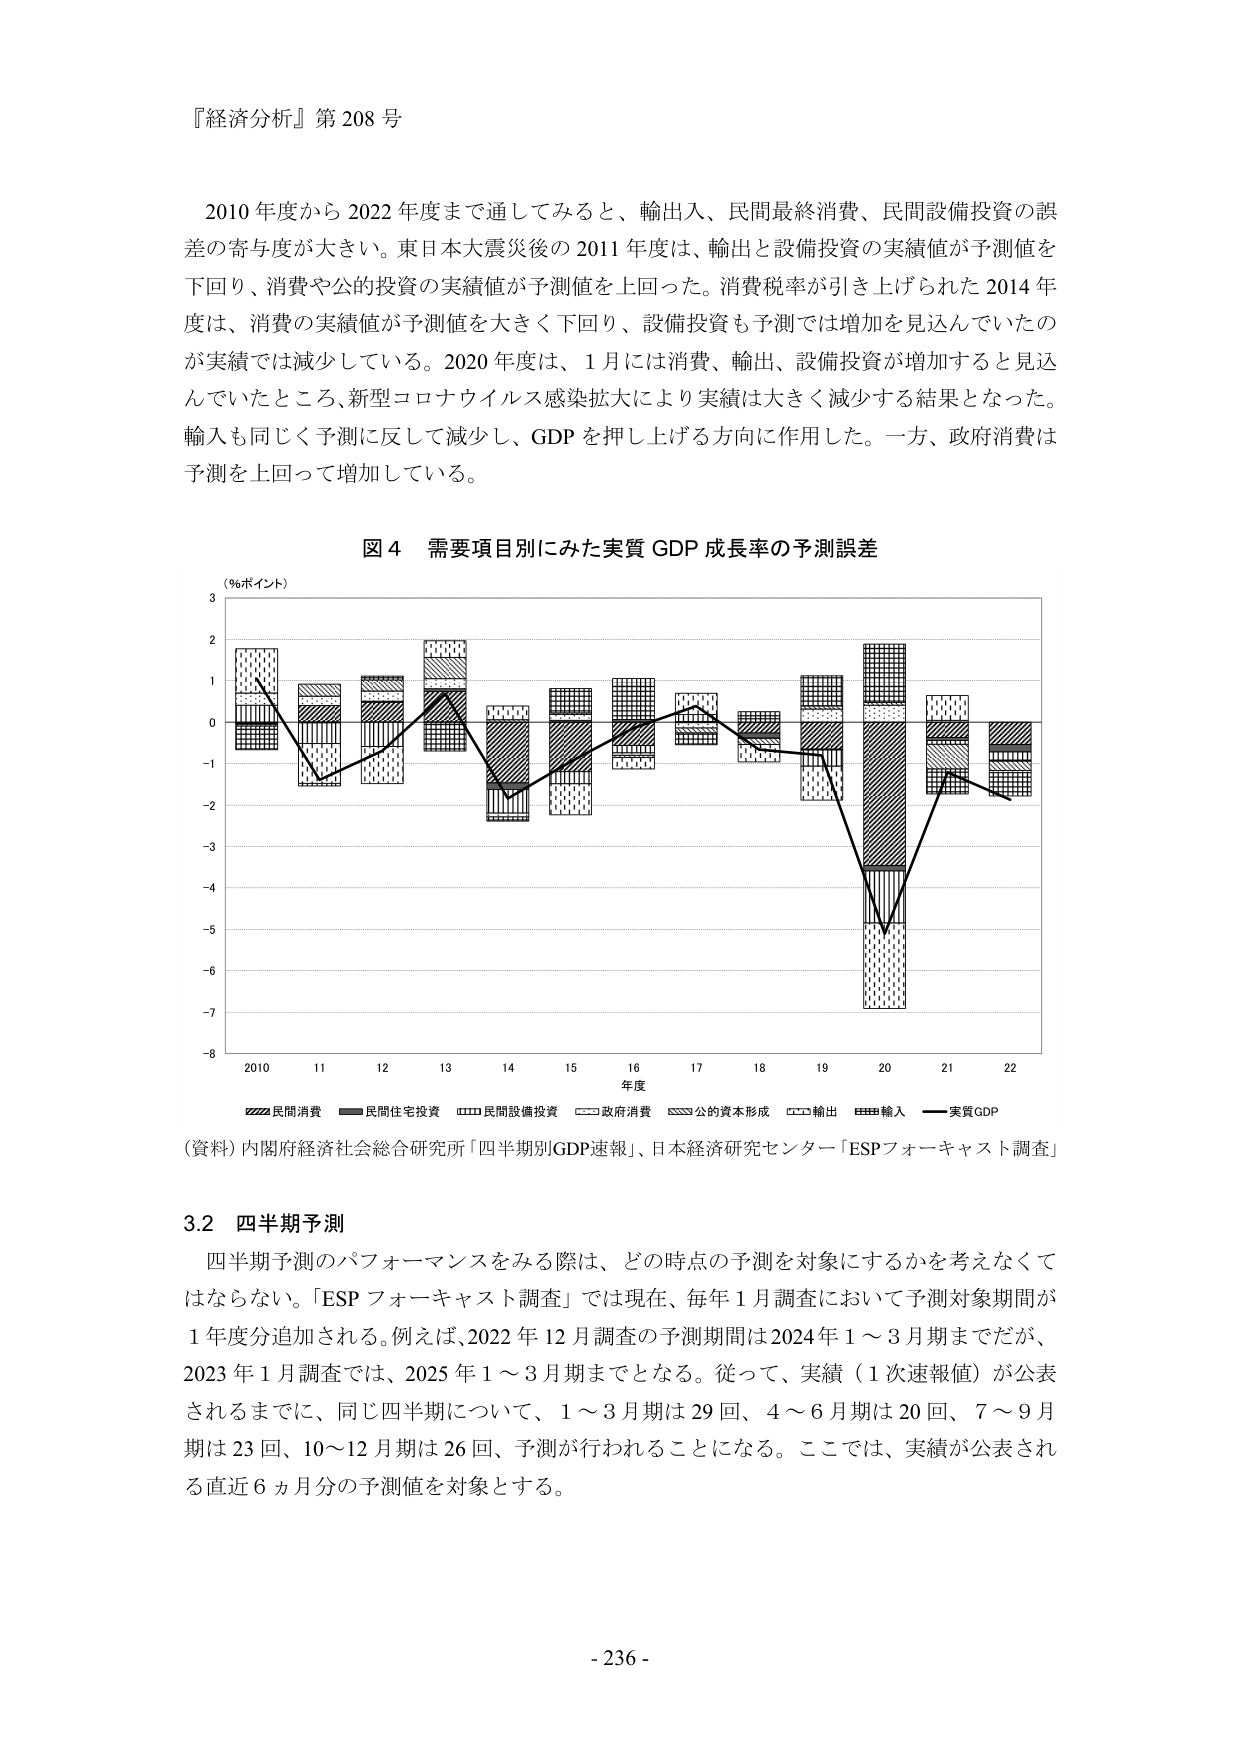
『経済分析』第 208 号

2010 年度から 2022 年度まで通してみると、輸出入、民間最終消費、民間設備投資の誤差の寄与度が大きい。東日本大震災後の 2011 年度は、輸出と設備投資の実績値が予測値を下回り、消費や公的投資の実績値が予測値を上回った。消費税率が引き上げられた 2014 年度は、消費の実績値が予測値を大きく下回り、設備投資も予測では増加を見込んでいたのが実績では減少している。2020 年度は、1 月には消費、輸出、設備投資が増加すると見込んでいたところ、新型コロナウイルス感染拡大により実績は大きく減少する結果となった。輸入も同じく予測に反して減少し、GDP を押し上げる方向に作用した。一方、政府消費は予測を上回って増加している。

図 4 需要項目別にみた実質 GDP 成長率の予測誤差

（％ポイント）

年度

■民間消費 ■民間住宅投資 ■民間設備投資 ■政府消費 ■公的資本形成 ■輸出 ■輸入 ■実質GDP

（資料）内閣府経済社会総合研究所「四半期別GDP速報」、日本経済研究センター「ESPフォーキャスト調査」

3.2 四半期予測

四半期予測のパフォーマンスをみる際は、どの時点の予測を対象にするかを考えなくてはならない。「ESP フォーキャスト調査」では現在、毎年 1 月調査において予測対象期間が 1 年度分追加される。例えば、2022 年 12 月調査の予測期間は 2024 年 1～3 月期までだが、2023 年 1 月調査では、2025 年 1～3 月期までとなる。従って、実績（1 次速報値）が公表されるまでに、同じ四半期について、1～3 月期は 29 回、4～6 月期は 20 回、7～9 月期は 23 回、10～12 月期は 26 回、予測が行われることになる。ここでは、実績が公表される直近 6 ヵ月分の予測値を対象とする。

- 236 -